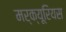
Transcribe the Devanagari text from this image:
मर्क्यूरियस